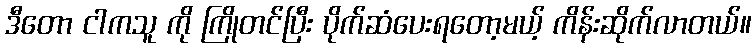
ဒီတော ငါကသူ ကို ကြိုတင်ပြီး ပိုက်ဆံပေးရတော့မယ့် ကိန်းဆိုက်လာတယ်။